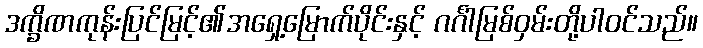
ဒက္ခိဏကုန်းပြင်မြင့်၏အရှေ့မြောက်ပိုင်းနှင့် ဂင်္ဂါမြစ်ဝှမ်းတို့ပါဝင်သည်။